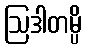
ဩဒါတမ္ပိ